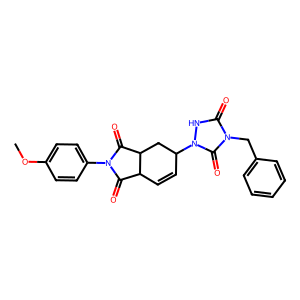
SMILES: COc1ccc(N2C(=O)C3C=CC(n4[nH]c(=O)n(Cc5ccccc5)c4=O)CC3C2=O)cc1
Inhibits HIV replication: No